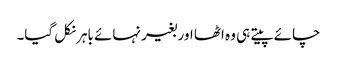
چائے پیتے ہی وہ اٹھا اور بغیر نہائے باہر نکل گیا۔